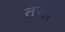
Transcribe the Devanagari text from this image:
तरलं